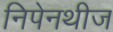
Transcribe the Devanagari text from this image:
निपेनथीज